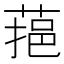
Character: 𦶂